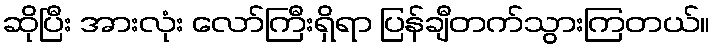
ဆိုပြီး အားလုံး လော်ကြီးရှိရာ ပြန်ချီတက်သွားကြတယ်။